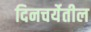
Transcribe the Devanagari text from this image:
दिनचर्येतील